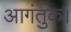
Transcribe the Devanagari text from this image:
आगंतुक।